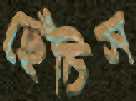
ছেঁচিস